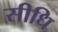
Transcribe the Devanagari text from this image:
सीधि